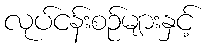
လုပ်ငန်းစဉ်များနှင့်